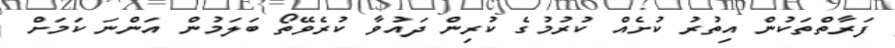
ފަރާތްތަކުން އިތުރު ކުށެއް ކުރުމުގެ ކުރިން ދައުވާ ކުރެވޭތޯ ބަލަމުން އަންނަ ކަމަށް